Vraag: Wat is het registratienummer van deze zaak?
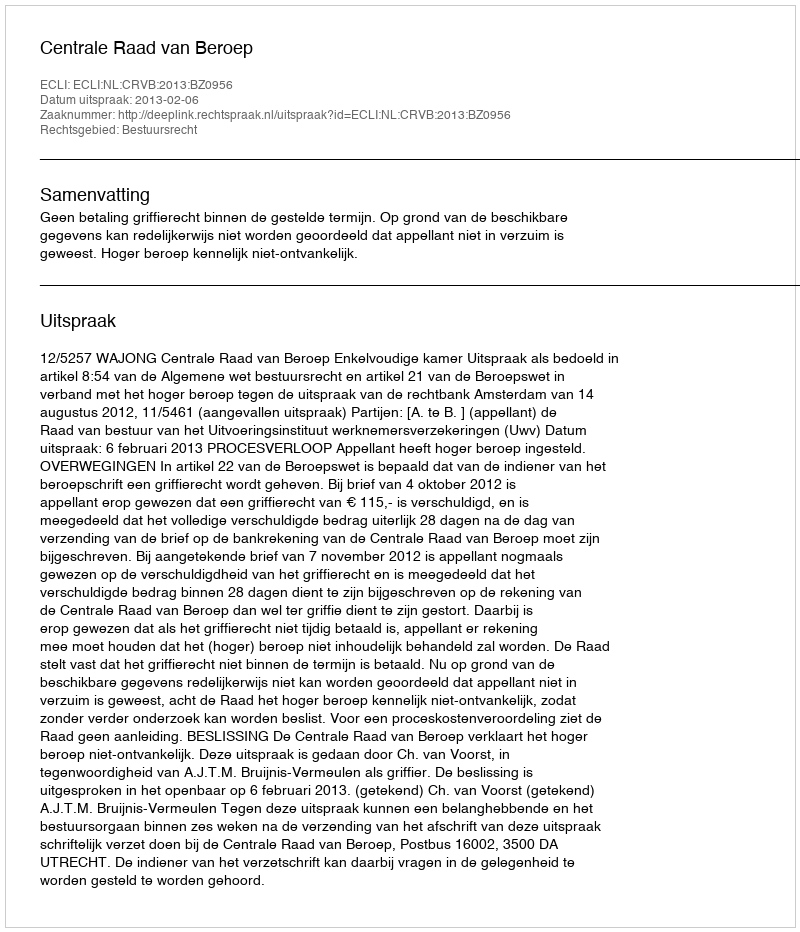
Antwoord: http://deeplink.rechtspraak.nl/uitspraak?id=ECLI:NL:CRVB:2013:BZ0956